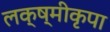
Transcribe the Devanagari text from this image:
लक्ष्मीकृपा